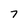
Character: 7